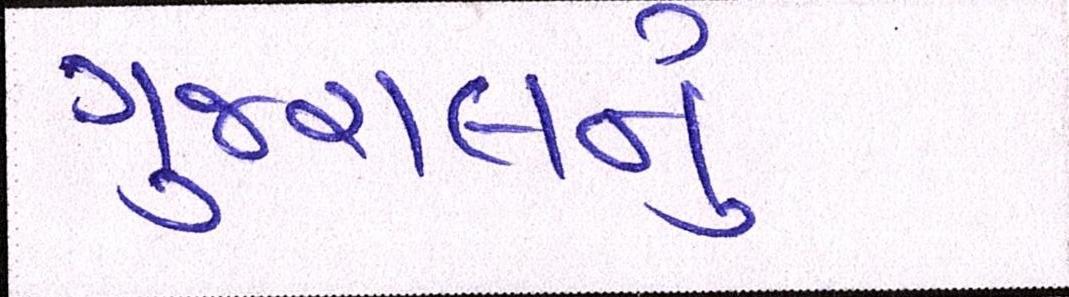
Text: ગુજરાલનું